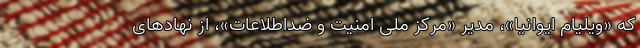
که «ویلیام ایوانیا»، مدیر «مرکز ملی امنیت و ضداطلاعات»، از نهادهای